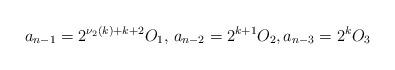
LaTeX: \begin{align*}a_{n-1} = 2^{\nu_{2}(k)+k+2}O_{1}, \, a_{n-2} = 2^{k+1}O_{2}, a_{n-3} = 2^{k}O_{3}\end{align*}